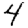
Digit: 4